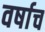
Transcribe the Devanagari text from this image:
वर्षाच